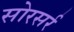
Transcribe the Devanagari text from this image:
सोरसर्र